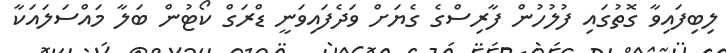
ލިބިފައިވާ ގޮތުގައި ފުލުހުން ފާރިސްގެ ގެޔަށް ވަދެފައިވަނީ ޑްރަގް ކޯޓުން ބަލާ މައްސަލައަކާ